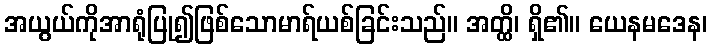
အယွယ်ကိုအာရုံပြု၍ဖြစ်သောမာရ်ယစ်ခြင်းသည်။ အတ္ထိ၊ ရှိ၏။ ယေနမဒေန၊